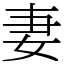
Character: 妻